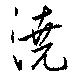
澆